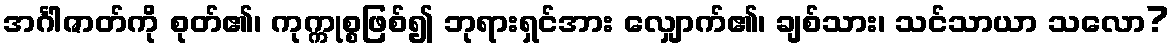
အင်္ဂါဇာတ်ကို စုတ်၏၊ ကုက္ကုစ္စဖြစ်၍ ဘုရားရှင်အား လျှောက်၏၊ ချစ်သား၊ သင်သာယာ သလော?